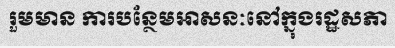
រួមមាន ការបន្ថែមអាសនៈនៅក្នុងរដ្ឋសភា